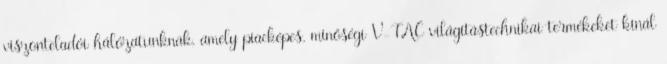
viszonteladói hálózatunknak, amely piacképes, minőségi V-TAC világítástechnikai termékeket kínál